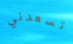
تسعدني